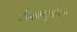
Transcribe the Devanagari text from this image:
वीडब्ल्यूडीएम